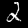
Label: 2